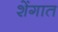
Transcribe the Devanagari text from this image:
शेंगात